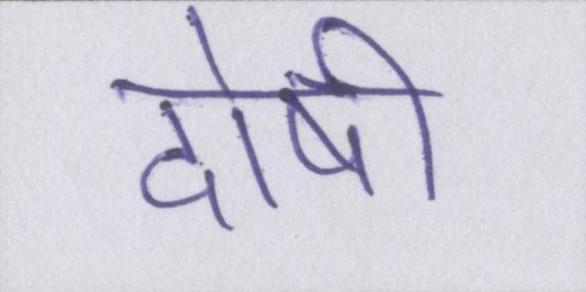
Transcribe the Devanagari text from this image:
दोषी